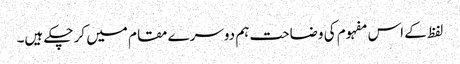
لفظ کے اس مفہوم کی وضاحت ہم دوسرے مقام میں کر چکے ہیں۔